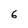
Character: 6